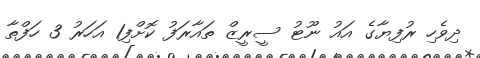
ދިވެހި ރުފިޔާގެ އައު ނޫޓު ސީރީޒް ތައާރަފު ކޮށްފި1 އަހަރު 3 ހަފްތާ